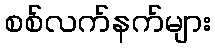
စစ်လက်နက်များ